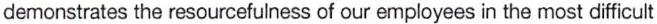
demonstrates the resourcefulness of our employees in the most difficult